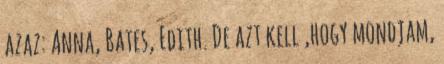
azaz: Anna, Bates, Edith. De azt kell ,hogy mondjam,